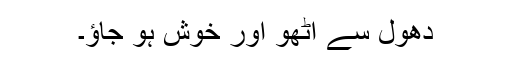
دھول سے اٹھو اور خوش ہو جاؤ۔